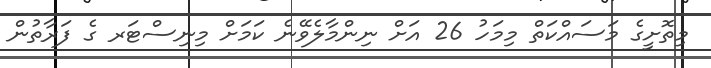
މިތޮށީގެ މަސައްކަތް މިމަހު 26 އަށް ނިންމާލެވޭނެ ކަމަށް މިނިސްޓަރ ގެ ފަރާތުން